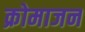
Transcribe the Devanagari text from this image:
क्रोमाजन